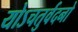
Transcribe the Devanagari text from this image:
योऽचतुर्वदनो